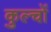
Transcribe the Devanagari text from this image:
कुल्चों